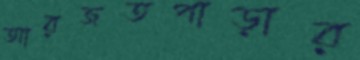
আরজতপাড়ার